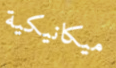
ميكانيكية